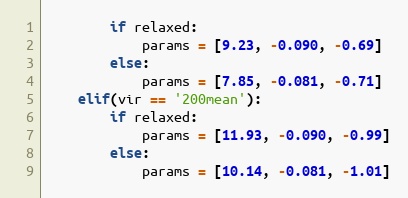
Language: Python
        if relaxed:
            params = [9.23, -0.090, -0.69]
        else:
            params = [7.85, -0.081, -0.71]
    elif(vir == '200mean'):
        if relaxed:
            params = [11.93, -0.090, -0.99]
        else:
            params = [10.14, -0.081, -1.01]